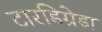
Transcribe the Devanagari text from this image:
टारडिग्रेडा